Document type: Sale
Year: 1209
Scribe: Arnau de Torre
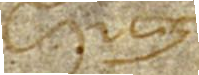
Sig